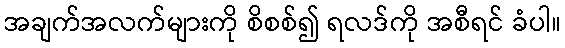
အချက်အလက်များကို စိစစ်၍ ရလဒ်ကို အစီရင် ခံပါ။